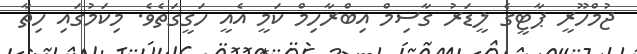
ޖުމްހޫރީ ޕާޓީގެ ލީޑަރު ގާސިމް އިބްރާހިމް ކަމީ އެއީ ހަގީގަތެވެ. މިކަމުގައި ހިތާ